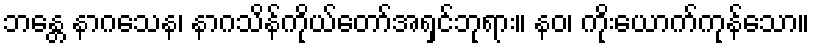
ဘန္တေ နာဂသေန၊ နာဂသိန်ကိုယ်တော်အရှင်ဘုရား။ နဝ၊ ကိုးယောက်ကုန်သော။